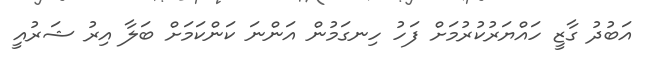
އަބުދު ގާޒީ ހައްޔަރުކުރުމަށް ފަހު ހިނގަމުން އަންނަ ކަންކަމަށް ބަލާ އިރު ޝަރުއީ